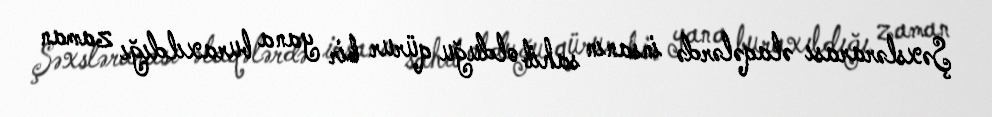
Şəxslərarası əlaqələrdə insanın sahib olduğu qürur bir yana buraxıldığı zaman